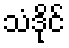
သံဒိုင်